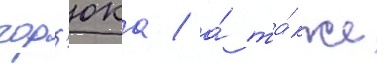
гор'юка / а́ та́кже